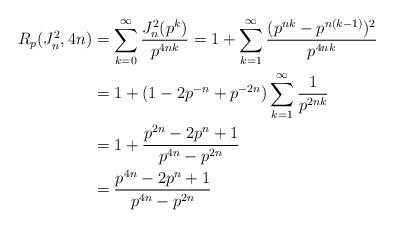
LaTeX: \begin{align*}R_p(J_n^2, 4n) &= \sum_{k = 0}^\infty \frac{J_n^2(p^k)}{p^{4nk}} = 1 + \sum_{k = 1}^\infty \frac{(p^{nk} - p^{n(k-1)})^2}{p^{4nk}} \\&= 1 + (1 - 2p^{-n} + p^{-2n})\sum_{k = 1}^\infty \frac{1}{p^{2nk}} \\&= 1 + \frac{p^{2n} - 2p^{n} + 1}{p^{4n} - p^{2n}} \\&= \frac{p^{4n} - 2p^n + 1}{p^{4n} - p^{2n}}\end{align*}